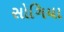
સોગિયા